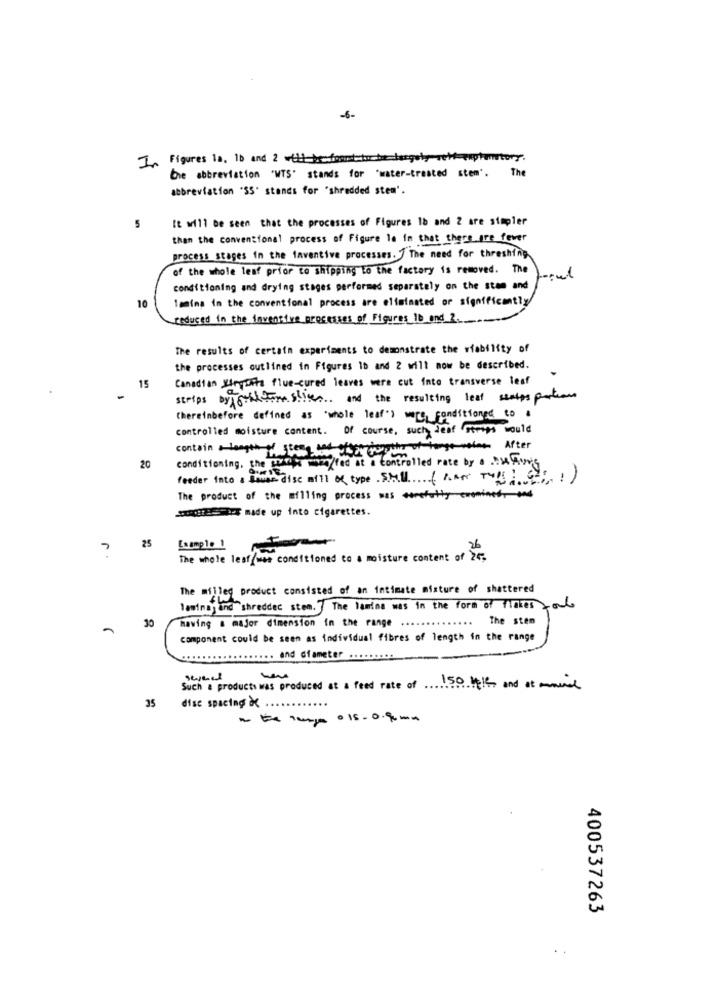
-6-
In Figures is, 10 and 2 will be found to be beegely set cuptomatery.
Che abbreviation "WTS" stands for "water-treated stem'. The
abbreviation 'SS' stands for "shredded stem'.
It will be seen that the processes of Figures 1b and 2 are simpler
5
than the conventional process of Figure la in that there are fever
process stages in the inventive processes. ] The need for threshing
of the whole leaf prior to shipping to the factory is removed. The
conditioning and drying stages performed separately on the stam and
Temima in the conventional process are eliminated or significantly
10
reduced in the inventive processes of Figures 10 and 2.
The results of certain experiments to demonstrate the viability of
the processes outlined in Figures 1b and 2 will now be described.
Canadian Utrysita flue-cured leaves were cut into transverse leaf
15
strips byjgilliam slives and the resulting leaf ssalps portions
(hereinbefore defined as 'whole leaf") were conditioned to a
controlled moisture content. Of course, such leaf Strips would
contain a length of seeing but oftenfor other of tange volaen After
conditioning, the work
prix wolfed at a controlled rate by a Duhaving
20
feeder into a sowas disc mill of type SHALL (KAN TOLIGHT)
The product of the milling process was *** fatty
PO made up into cigarettes.
25
7
Example _!
26
The whole leaf was conditioned to a moisture content of 25;
The milled product consisted of an intimate misture of shattered
laminasand "shredder stem. The lamina was in the form of flakes >
30
The stem
having a major dimension in the range
component could be seen as individual fibres of length in the range
.. and diameter .........
sermed
Such a products was produced at a feed rate of 150 Helt and at monial
25
disc spacing &
-the 1mp 0 15- 0.9. mm
400537263